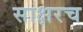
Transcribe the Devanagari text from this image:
साक्षरच